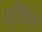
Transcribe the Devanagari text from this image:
बार्डिया